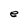
Character: e